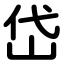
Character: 岱